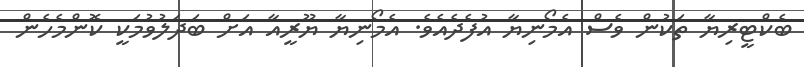
ބެކްޓީރިޔާ ތަކުން ވެސް އެމޯނިޔާ އުފެދެއެވެ. އެމޯނިޔާ ޔޫރީއާ އަށް ބަދަލުވުމަކީ ކޮންމެހެން